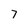
Character: 7